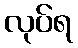
လုပ်ရ